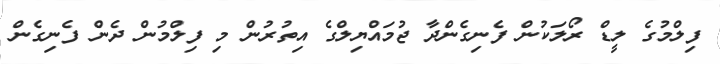
ފިލްމުގެ ލީޑް ރޯލަކުން ފެނިގެންދާ ޖުމައްޔިލްގެ އިތުރުން މި ފިލްމުން ދެން ފެނިގެން